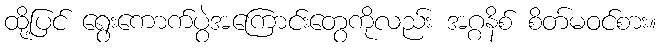
ထို့ပြင် ရွေးကောက်ပွဲအကြောင်းတွေကိုလည်း အဂ္ဂနိစ် စိတ်မဝင်စား။